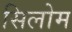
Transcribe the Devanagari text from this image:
सिलोम